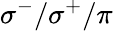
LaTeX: \sigma^{-}/\sigma^{+}/\pi